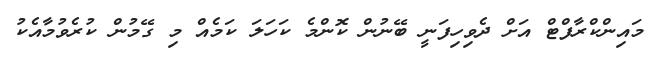
މައިންކްރާފްޓް އަށް ދެވިހިފަނީ ބޭނުން ކޮންމެ ކަހަލަ ކަމެއް މި ގޭމުން ކުރެވުމާއެކު